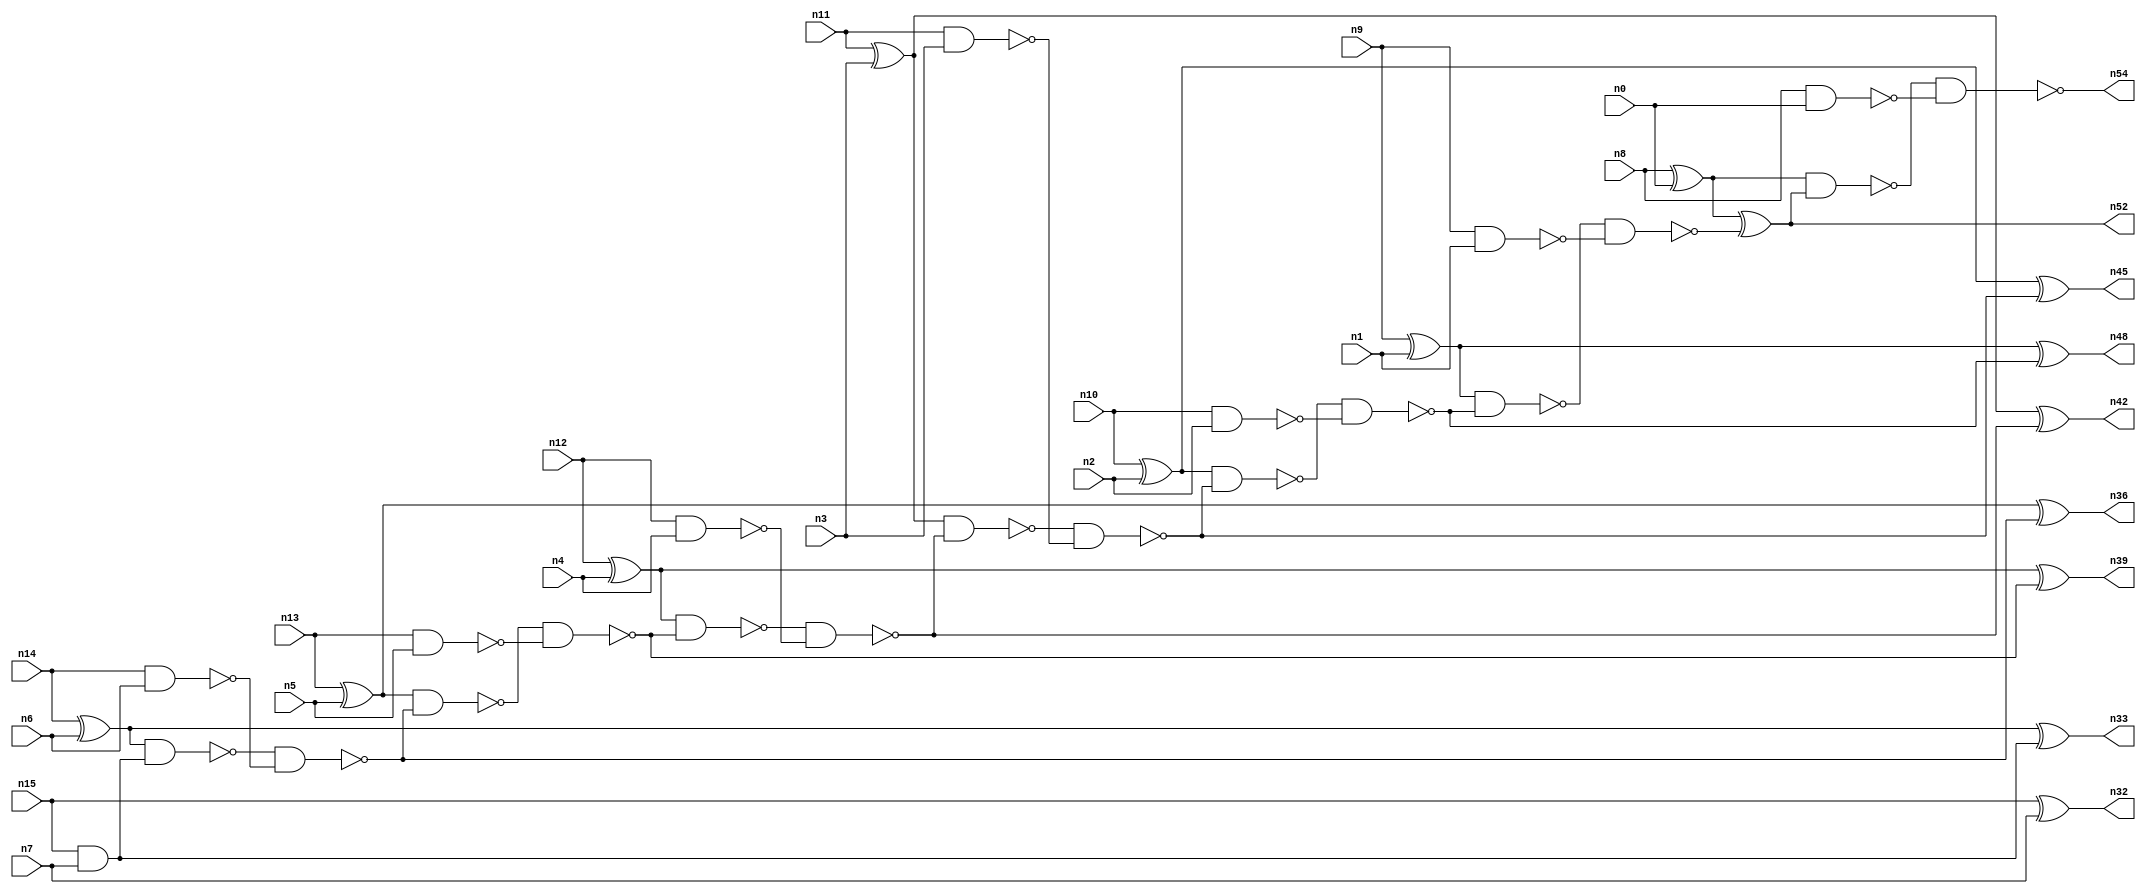
// This program was cloned from: https://github.com/umar-afzaal/ReCkt
// License: MIT License

// This file contains a pareto-optimal circuit with respect to power and the fault-resilince parameter p_fault which is defined as:
// "For all input vectors, the ratio of the no. of faults observable at the POs to the no. of total possible faults in the circuit".
// This code is part of the ReCkt library (https://github.com/umar-afzaal/ReCkt) distributed under The MIT License.
// When used, please cite the following article(s):
// U. Afzaal, A.S. Hassan, M. Usman and J.A. Lee, "On the Evolutionary Synthesis of Increased Fault-resilience Arithmetic Circuits".

// p_fault = 98.9 %    (Lower is better)
// gates = 38.0
// levels = 16
// area = 52.99    (For MCNC library relative to nand2)
// power = 225.7 uW    (Berkely-SIS for MCNC library @ Vdd=5V and 20 MHz clock)
// delay = 17.8 ns    (Berkely-ABC for MCNC library)
// PDP = 4.01746e-12 J

// Pin mapping:
// {n0, n1, n2, n3, n4, n5, n6, n7} = A[7:0]
// {n8, n9, n10, n11, n12, n13, n14, n15} = B[7:0]
// {n54, n52, n48, n45, n42, n39, n36, n33, n32} = O[8:0]

module addr8s_power_0 (
n0, n1, n2, n3, n4, n5, n6, n7, n8, n9, n10, n11, n12, n13, n14, n15, 
n54, n52, n48, n45, n42, n39, n36, n33, n32
);

input n0, n1, n2, n3, n4, n5, n6, n7, n8, n9, n10, n11, n12, n13, n14, n15;
output n54, n52, n48, n45, n42, n39, n36, n33, n32;
wire n22, n28, n21, n49, n30, n16, n27, n24, n20, n53, n18, n31, n25, n41, n26, n37, n35, n17, n29, n38, 
n19, n34, n43, n50, n46, n47, n23, n40, n44;

nand (n16, n9, n1);
xor (n17, n8, n0);
xor (n18, n12, n4);
nand (n19, n8, n0);
nand (n20, n12, n4);
xnor (n21, n15, n7);
nand (n22, n10, n2);
xor (n23, n9, n1);
and (n24, n15, n7);
xor (n25, n14, n6);
nand (n26, n13, n5);
xor (n27, n13, n5);
xor (n28, n10, n2);
xor (n29, n11, n3);
nand (n30, n14, n6);
nand (n31, n11, n3);
nor (n32, n21, n21);
xor (n33, n25, n24);
nand (n34, n25, n24);
nand (n35, n34, n30);
xor (n36, n27, n35);
nand (n37, n27, n35);
nand (n38, n37, n26);
xor (n39, n18, n38);
nand (n40, n18, n38);
nand (n41, n40, n20);
xor (n42, n29, n41);
nand (n43, n29, n41);
nand (n44, n43, n31);
xor (n45, n28, n44);
nand (n46, n28, n44);
nand (n47, n46, n22);
xor (n48, n23, n47);
nand (n49, n23, n47);
nand (n50, n49, n16);
xor (n52, n17, n50);
nand (n53, n17, n52);
nand (n54, n53, n19);

endmodule